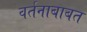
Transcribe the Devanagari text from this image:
वर्तनाबाबत